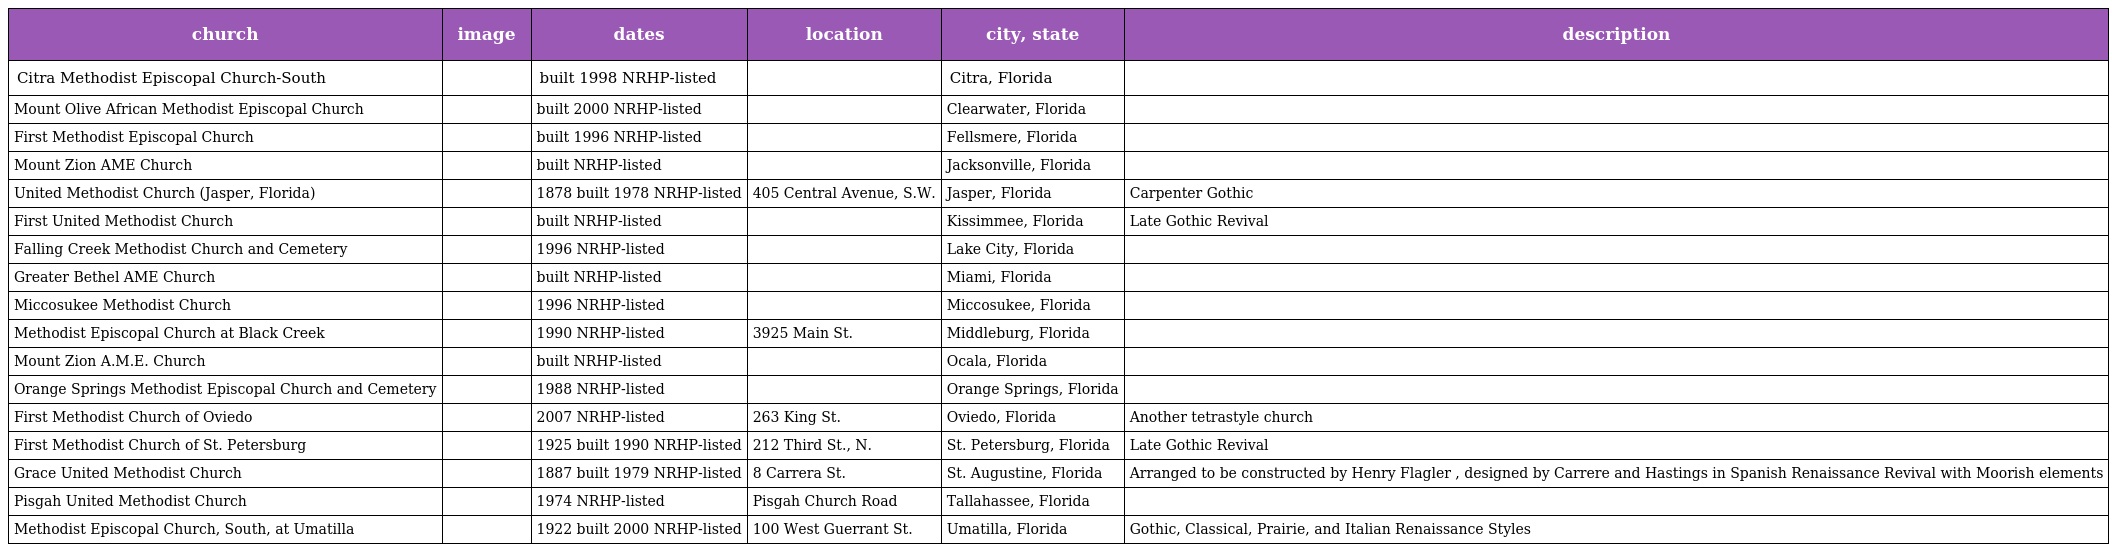
| church | image | dates | location | city, state | description |
 | --- | --- | --- | --- | --- | --- |
 | Citra Methodist Episcopal Church-South |  | built 1998 NRHP-listed |  | Citra, Florida |  |
 | Mount Olive African Methodist Episcopal Church |  | built 2000 NRHP-listed |  | Clearwater, Florida |  |
 | First Methodist Episcopal Church |  | built 1996 NRHP-listed |  | Fellsmere, Florida |  |
 | Mount Zion AME Church |  | built NRHP-listed |  | Jacksonville, Florida |  |
 | United Methodist Church (Jasper, Florida) |  | 1878 built 1978 NRHP-listed | 405 Central Avenue, S.W. | Jasper, Florida | Carpenter Gothic |
 | First United Methodist Church |  | built NRHP-listed |  | Kissimmee, Florida | Late Gothic Revival |
 | Falling Creek Methodist Church and Cemetery |  | 1996 NRHP-listed |  | Lake City, Florida |  |
 | Greater Bethel AME Church |  | built NRHP-listed |  | Miami, Florida |  |
 | Miccosukee Methodist Church |  | 1996 NRHP-listed |  | Miccosukee, Florida |  |
 | Methodist Episcopal Church at Black Creek |  | 1990 NRHP-listed | 3925 Main St. | Middleburg, Florida |  |
 | Mount Zion A.M.E. Church |  | built NRHP-listed |  | Ocala, Florida |  |
 | Orange Springs Methodist Episcopal Church and Cemetery |  | 1988 NRHP-listed |  | Orange Springs, Florida |  |
 | First Methodist Church of Oviedo |  | 2007 NRHP-listed | 263 King St. | Oviedo, Florida | Another tetrastyle church |
 | First Methodist Church of St. Petersburg |  | 1925 built 1990 NRHP-listed | 212 Third St., N. | St. Petersburg, Florida | Late Gothic Revival |
 | Grace United Methodist Church |  | 1887 built 1979 NRHP-listed | 8 Carrera St. | St. Augustine, Florida | Arranged to be constructed by Henry Flagler , designed by Carrere and Hastings in Spanish Renaissance Revival with Moorish elements |
 | Pisgah United Methodist Church |  | 1974 NRHP-listed | Pisgah Church Road | Tallahassee, Florida |  |
 | Methodist Episcopal Church, South, at Umatilla |  | 1922 built 2000 NRHP-listed | 100 West Guerrant St. | Umatilla, Florida | Gothic, Classical, Prairie, and Italian Renaissance Styles |